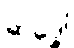
ဆုဒ္ဓေါ